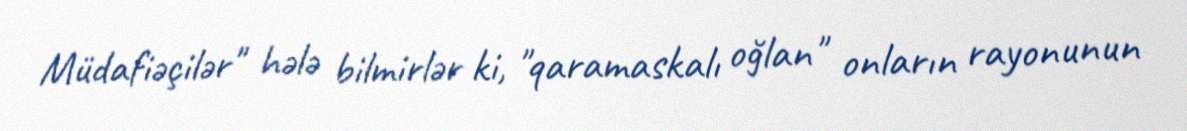
Müdafiəçilər" hələ bilmirlər ki, "qaramaskalı oğlan" onların rayonunun